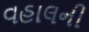
વહાલની